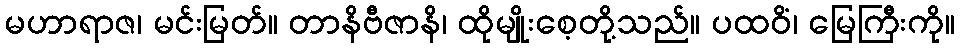
မဟာရာဇ၊ မင်းမြတ်။ တာနိဗီဇာနိ၊ ထိုမျိုးစေ့တို့သည်။ ပထဝိံ၊ မြေကြီးကို။